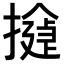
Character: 𢵂